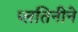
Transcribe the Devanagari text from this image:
प्लतिनीने